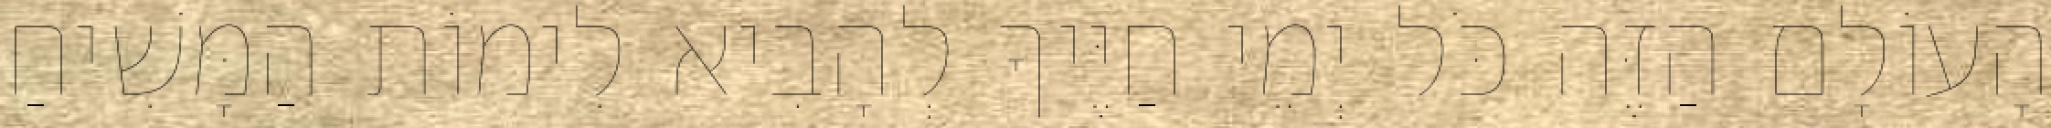
הָעוֹלָם הַזֶּה כֹּל יְמֵי חַיֶּיךָ לְהָבִיא לִימוֹת הַמָּשִׁיחַ